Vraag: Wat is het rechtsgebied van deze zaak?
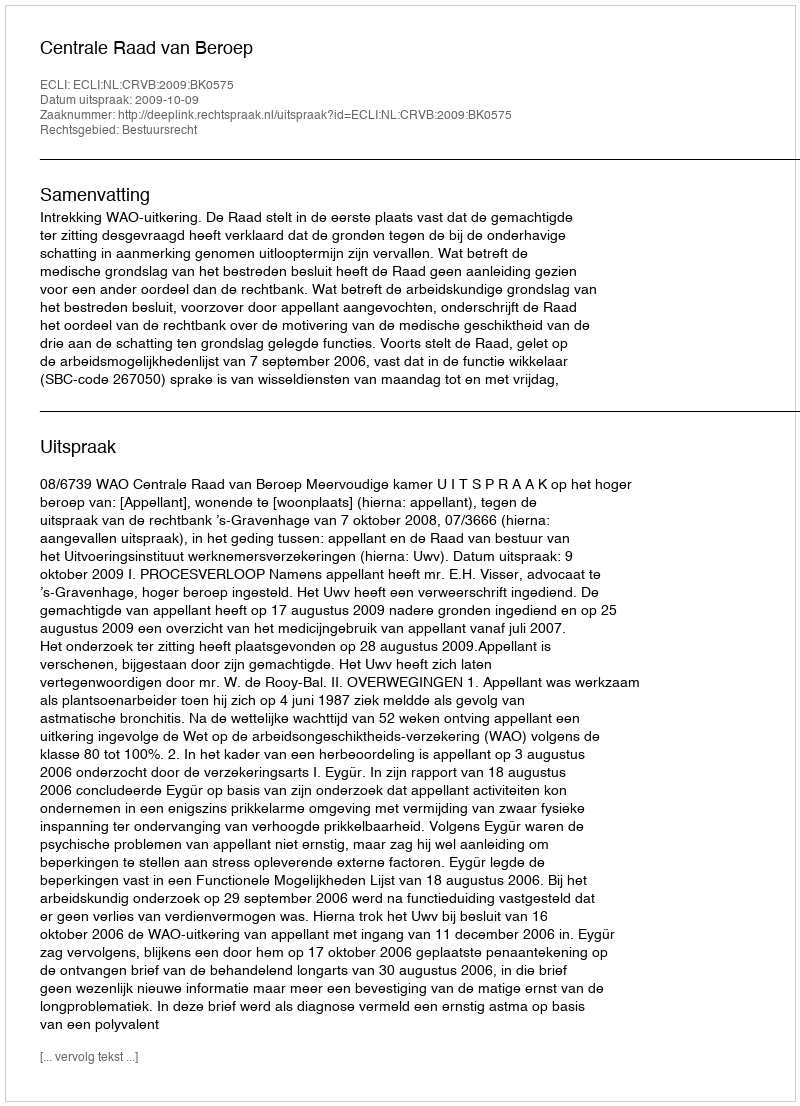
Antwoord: Bestuursrecht